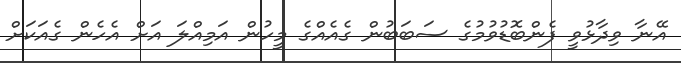
އޭނާ ވިދާޅުވީ ފެންބޮޑުވުމުގެ ސަބަބުން ގެއެއްގެ މީހުން އަމިއްލަ އަށް އެހެން ގެއަކަށް